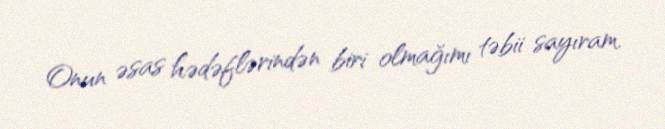
Onun əsas hədəflərindən biri olmağımı təbii sayıram.